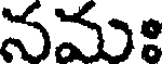
నమః